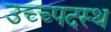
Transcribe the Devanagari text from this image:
उच्च्पदस्थ